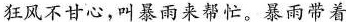
狂风不甘心，叫暴雨来帮忙。暴雨带着